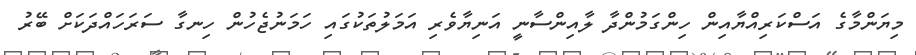
މިޔަންމާގެ އަސްކަރިއްޔާއިން ހިންގަމުންދާ ލާއިންސާނީ އަނިޔާވެރި އަމަލުތަކުގައި ހަމަނުޖެހުން ހިނގާ ސަރަހައްދަކަށް ބޭރު